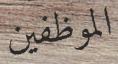
الموظفين